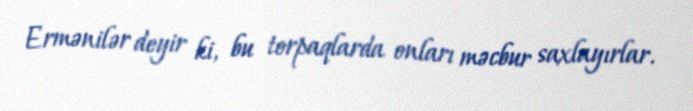
Ermənilər deyir ki, bu torpaqlarda onları məcbur saxlayırlar.